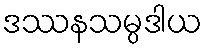
ဒဿနသမ္ပဒါယ